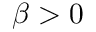
\beta > 0